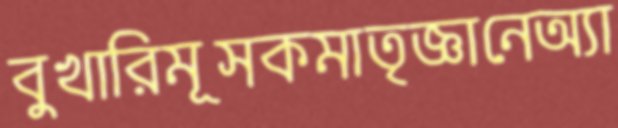
বুখারিমূসকমাতৃজ্ঞানেঅ্যা